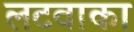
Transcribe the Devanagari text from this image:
लटवाका